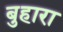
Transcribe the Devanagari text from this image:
बुहारा